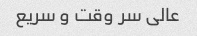
عالی سر وقت و سریع